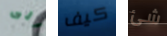
الى كيف شئ